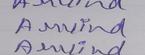
Signature authenticity: genuine